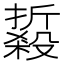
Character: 𱥘